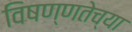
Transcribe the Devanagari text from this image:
विषण्णतेच्या